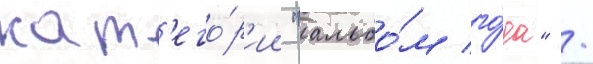
кат'его́р'ии "альбо́м го́да" /